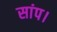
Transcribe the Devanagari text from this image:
सांप।